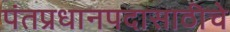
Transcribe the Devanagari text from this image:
पंतप्रधानपदासाठीचे